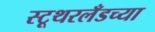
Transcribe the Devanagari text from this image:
स्टूथरलँडच्या